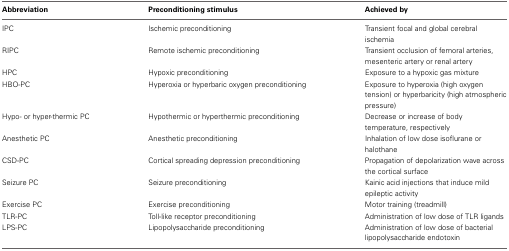
<table><thead><tr><td><b>Abbreviation</b></td><td><b>Preconditioning stimulus</b></td><td><b>Achieved by</b></td></tr></thead><tbody><tr><td>IPC</td><td>Ischemic preconditioning</td><td>Transient focal and global cerebral ischemia</td></tr><tr><td>RIPC</td><td>Remote ischemic preconditioning</td><td>Transient occlusion of femoral arteries, mesenteric artery or renal artery</td></tr><tr><td>HPC</td><td>Hypoxic preconditioning</td><td>Exposure to a hypoxic gas mixture</td></tr><tr><td>HBO-PC</td><td>Hyperoxia or hyperbaric oxygen preconditioning</td><td>Exposure to hyperoxia (high oxygen tension) or hyperbaricity (high atmospheric pressure)</td></tr><tr><td>Hypo- or hyper-thermic PC</td><td>Hypothermic or hyperthermic preconditioning</td><td>Decrease or increase of body temperature, respectively</td></tr><tr><td>Anesthetic PC</td><td>Anesthetic preconditioning</td><td>Inhalation of low dose isoflurane or halothane</td></tr><tr><td>CSD-PC</td><td>Cortical spreading depression preconditioning</td><td>Propagation of depolarization wave across the cortical surface</td></tr><tr><td>Seizure PC</td><td>Seizure preconditioning</td><td>Kainic acid injections that induce mild epileptic activity</td></tr><tr><td>Exercise PC</td><td>Exercise preconditioning</td><td>Motor training (treadmill)</td></tr><tr><td>TLR-PC</td><td>Toll-like receptor preconditioning</td><td>Administration of low dose of TLR ligands</td></tr><tr><td>LPS-PC</td><td>Lipopolysaccharide preconditioning</td><td>Administration of low dose of bacterial lipopolysaccharide endotoxin</td></tr></tbody></table>